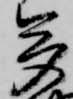
多